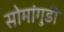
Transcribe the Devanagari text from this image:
सोमांगुडी